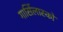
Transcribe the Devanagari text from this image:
गार्सिलास्को